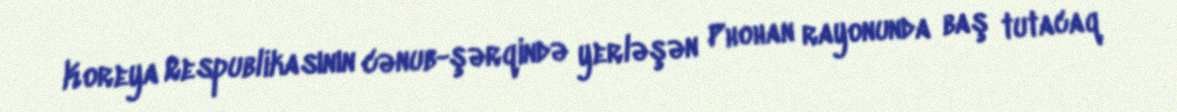
Koreya Respublikasının cənub-şərqində yerləşən Phohan rayonunda baş tutacaq